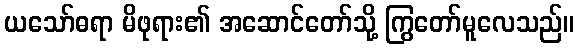
ယသော်ဓရာ မိဖုရား၏ အဆောင်တော်သို့ ကြွတော်မူလေသည်။